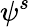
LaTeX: \psi^{s}